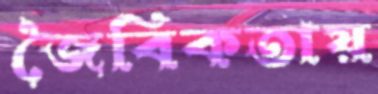
জৈবিকতায়